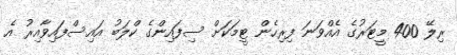
ރިލޭ 400 މީޓަރުގެ އެއްވަނަ ފިރިހެން ޓީމަކަށް ސިފައިންގެ ކްލަބު އައިސްފައިވާއިރު އެ